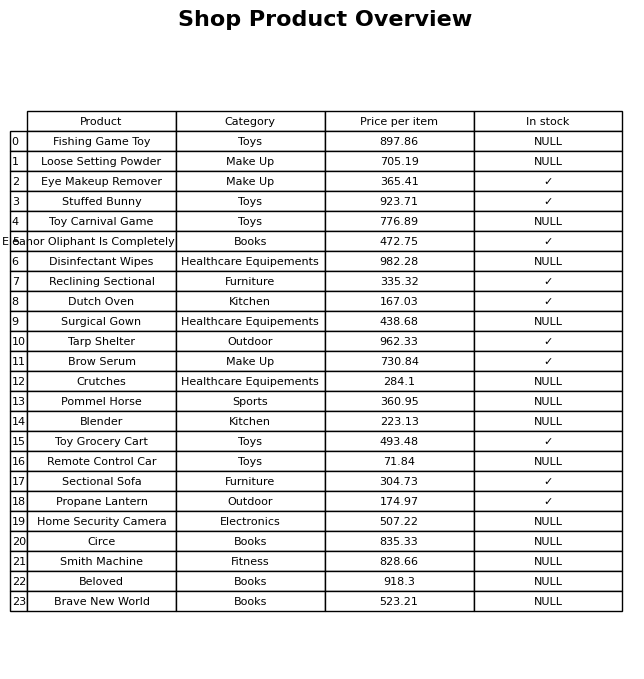
question: What is the price for Toy Carnival Game?
answer: The price of Toy Carnival Game is 776.89.